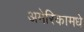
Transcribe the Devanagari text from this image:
अमेरिकामधे